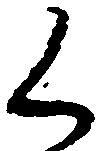
く